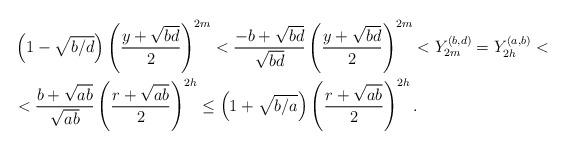
LaTeX: \begin{align*}&\left(1-\sqrt{b/d}\right)\left( \frac{y+\sqrt{bd}}{2}\right)^{2m}<\frac{-b+\sqrt{bd}}{\sqrt{bd}}\left( \frac{y+\sqrt{bd}}{2}\right)^{2m}<Y_{2m}^{(b,d)}=Y_{2h}^{(a,b)}<\\&<\frac{b+\sqrt{ab}}{\sqrt{ab}}\left(\frac{r+\sqrt{ab}}{2}\right)^{2h}\leq \left(1+\sqrt{b/a}\right)\left(\frac{r+\sqrt{ab}}{2}\right)^{2h}.\end{align*}